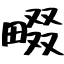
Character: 畷